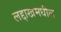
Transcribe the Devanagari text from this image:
लद्दाखमधील